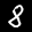
Label: 8